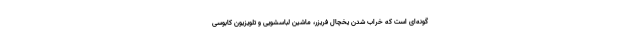
گونه‌ای است که خراب شدن یخچال فریزر، ماشین لباسشویی و تلویزیون کابوسی